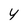
Character: y